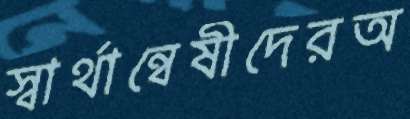
স্বার্থান্বেষীদেরঅ